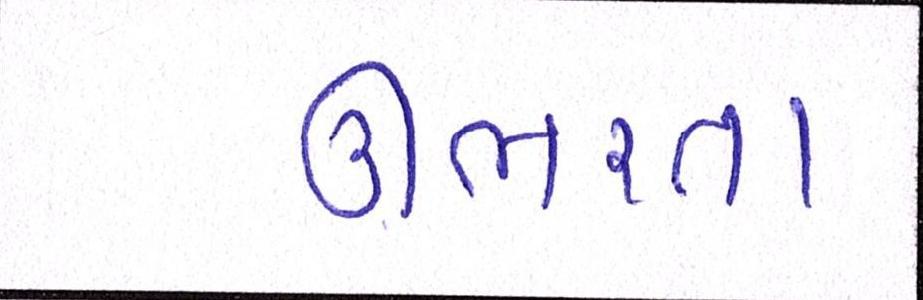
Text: ઊભરતા